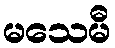
မသေမီ